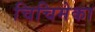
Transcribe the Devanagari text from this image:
चिचिमेका